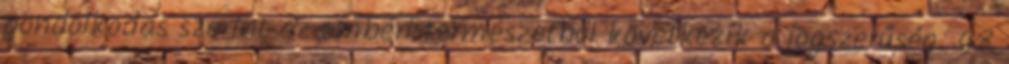
gondolkodás szerint az emberi természetből következik a jogszerűség. 48